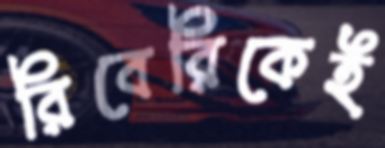
রিবেরিকেই